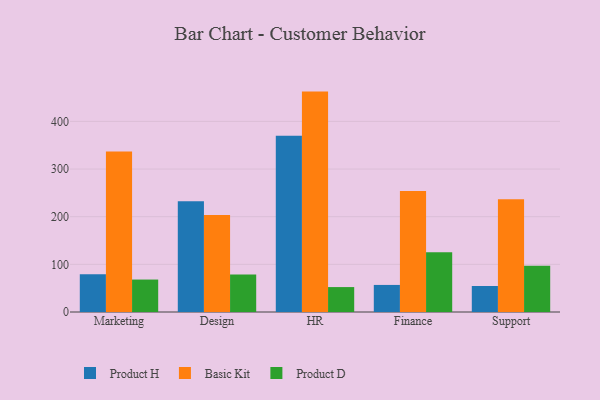
{"axis": {"x": "Department", "y": "LTV (USD)"}, "legend": ["Basic Kit", "Product D", "Product H"], "data": [{"x": "Marketing", "y": 79.1, "type": "Product H"}, {"x": "Marketing", "y": 336.9, "type": "Basic Kit"}, {"x": "Marketing", "y": 68.1, "type": "Product D"}, {"x": "Design", "y": 232.6, "type": "Product H"}, {"x": "Design", "y": 203.5, "type": "Basic Kit"}, {"x": "Design", "y": 78.9, "type": "Product D"}, {"x": "HR", "y": 369.7, "type": "Product H"}, {"x": "HR", "y": 462.5, "type": "Basic Kit"}, {"x": "HR", "y": 52.3, "type": "Product D"}, {"x": "Finance", "y": 56.8, "type": "Product H"}, {"x": "Finance", "y": 254.0, "type": "Basic Kit"}, {"x": "Finance", "y": 125.2, "type": "Product D"}, {"x": "Support", "y": 54.6, "type": "Product H"}, {"x": "Support", "y": 236.7, "type": "Basic Kit"}, {"x": "Support", "y": 97.3, "type": "Product D"}]}